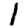
Digit: 1